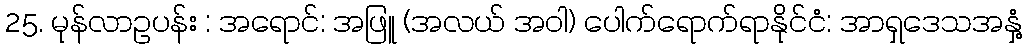
25. မုန်လာဥပန်း : အရောင်: အဖြူ (အလယ် အဝါ) ပေါက်ရောက်ရာနိုင်ငံ: အာရှဒေသအနှံ့